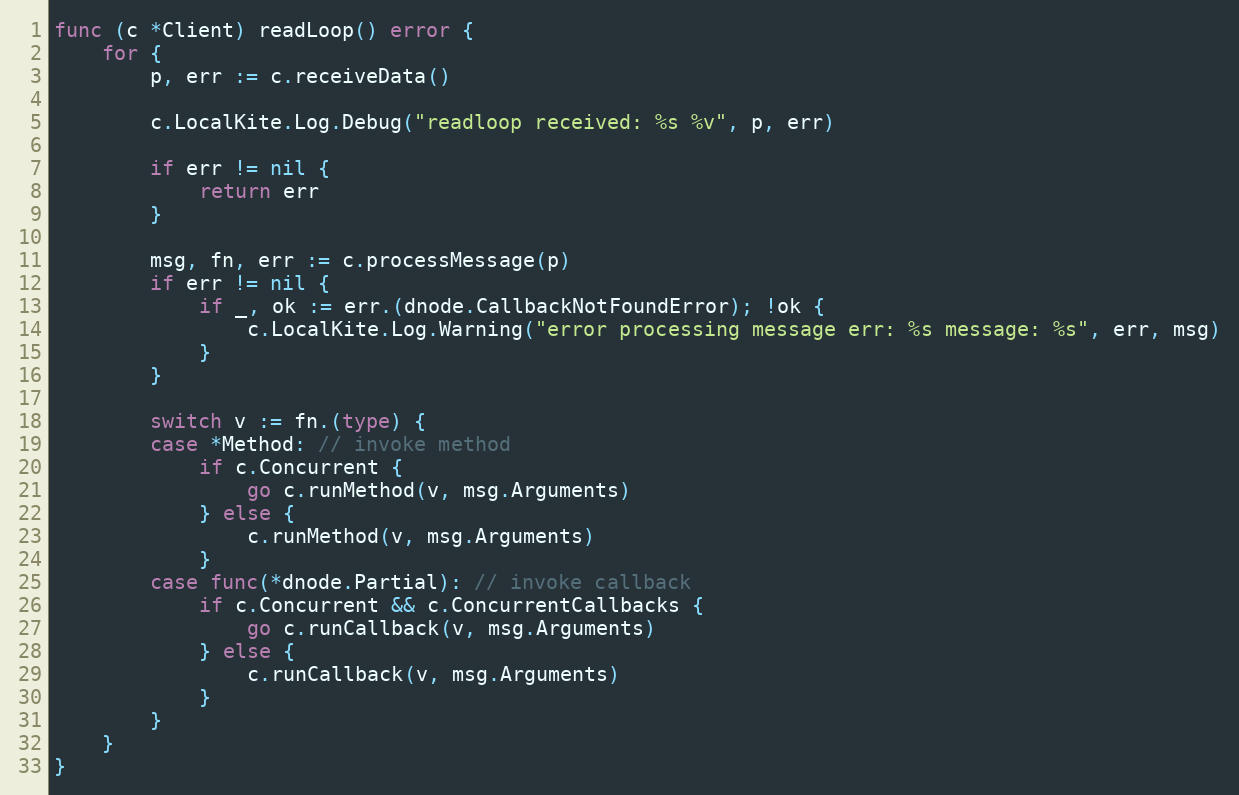
Language: Go
func (c *Client) readLoop() error {
	for {
		p, err := c.receiveData()

		c.LocalKite.Log.Debug("readloop received: %s %v", p, err)

		if err != nil {
			return err
		}

		msg, fn, err := c.processMessage(p)
		if err != nil {
			if _, ok := err.(dnode.CallbackNotFoundError); !ok {
				c.LocalKite.Log.Warning("error processing message err: %s message: %s", err, msg)
			}
		}

		switch v := fn.(type) {
		case *Method: // invoke method
			if c.Concurrent {
				go c.runMethod(v, msg.Arguments)
			} else {
				c.runMethod(v, msg.Arguments)
			}
		case func(*dnode.Partial): // invoke callback
			if c.Concurrent && c.ConcurrentCallbacks {
				go c.runCallback(v, msg.Arguments)
			} else {
				c.runCallback(v, msg.Arguments)
			}
		}
	}
}